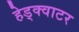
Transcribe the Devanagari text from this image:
हेड्क्वाटर